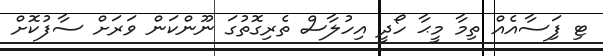
ޓި ފަިސާއެއް ތިމާ މީޙާ ހޯދީ އިހުލާސް ތެރިގޮތުގަ ނޫންކަން ވަރަށް ސާފުކޮށް